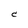
Character: C